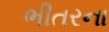
ભીતરના